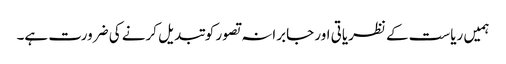
ہمیں ریاست کے نظریاتی اور جابرانہ تصور کوتبدیل کرنے کی ضرورت ہے۔